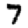
Digit: 7